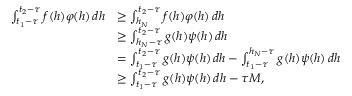
\begin{array} { r l } { \int _ { t _ { 1 } - \tau } ^ { t _ { 2 } - \tau } f ( h ) \varphi ( h ) \, d h } & { \geq \int _ { h _ { N } } ^ { t _ { 2 } - \tau } f ( h ) \varphi ( h ) \, d h } \\ & { \geq \int _ { h _ { N } - \tau } ^ { t _ { 2 } - \tau } g ( h ) \psi ( h ) \, d h } \\ & { = \int _ { t _ { 1 } - \tau } ^ { t _ { 2 } - \tau } g ( h ) \psi ( h ) \, d h - \int _ { t _ { 1 } - \tau } ^ { h _ { N } - \tau } g ( h ) \psi ( h ) \, d h } \\ & { \geq \int _ { t _ { 1 } - \tau } ^ { t _ { 2 } - \tau } g ( h ) \psi ( h ) \, d h - \tau M , } \end{array}